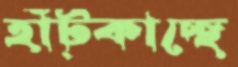
হাঁট্‌কাচ্ছে